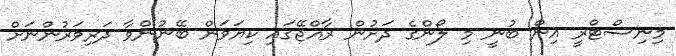
މިނިސްޓްރީ އިން ބުނީ މި ލޯންގެ ދަށުން ރާއްޖޭގައި ކިޔަވަން ބޭނުންވާ ދަރިވަރުންނަށް